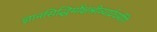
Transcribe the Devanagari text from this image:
ज्ञानसिद्धिर्मोक्षश्रीव्यार्घ्रचर्मणि